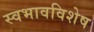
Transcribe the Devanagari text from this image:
स्वभावविशेष